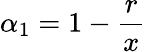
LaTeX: \alpha_{1}=1-\frac{r}{x}